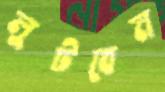
লুটবেন